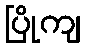
ပြိုကျ